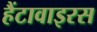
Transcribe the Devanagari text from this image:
हैंटावाइरस